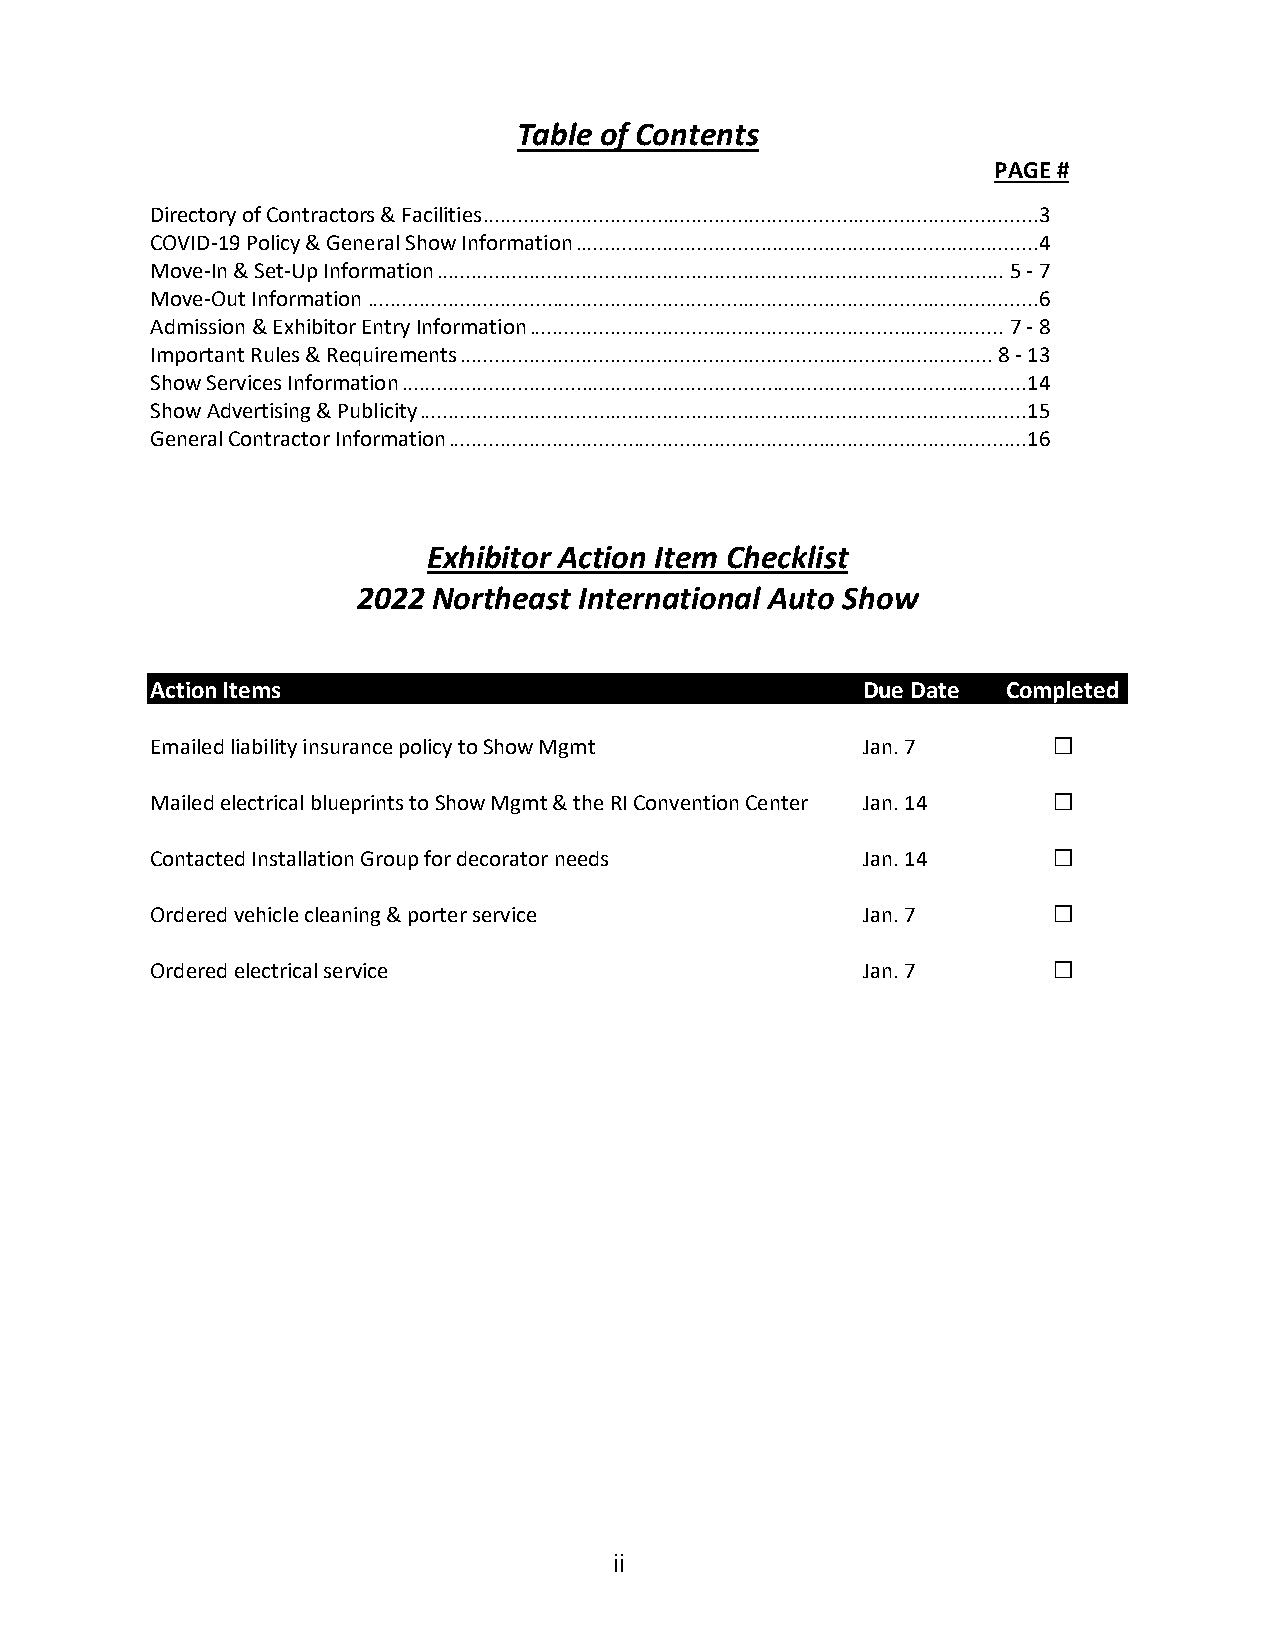
Table of Contents
 PAGE #
 Directory of Contractors & Facilities ................................................................................................ 3
 COVID-19 Policy & General Show Information ................................................................................ 4
 Move-In & Set-Up Information .................................................................................................. 5 - 7
 Move-Out Information .................................................................................................................... 6
 Admission & Exhibitor Entry Information .................................................................................. 7 - 8
 Important Rules & Requirements ............................................................................................ 8 - 13
 Show Services Information ............................................................................................................ 14
 Show Advertising & Publicity ......................................................................................................... 15
 General Contractor Information .................................................................................................... 16
 Exhibitor Action Item Checklist
 2022 Northeast International Auto Show
 Action Items                                   Due Date  Completed
 Emailed liability insurance policy to Show Mgmt Jan. 7      £
 Mailed electrical blueprints to Show Mgmt & the RI Convention Center Jan. 14 £
 Contacted Installation Group for decorator needs Jan. 14    £
 Ordered vehicle cleaning & porter service      Jan. 7       £
 Ordered electrical service                     Jan. 7       £
 ii